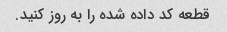
قطعه کد داده شده را به روز کنید.